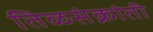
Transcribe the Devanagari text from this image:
तिळसंक्रांती